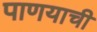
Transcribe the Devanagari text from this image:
पाणयाची